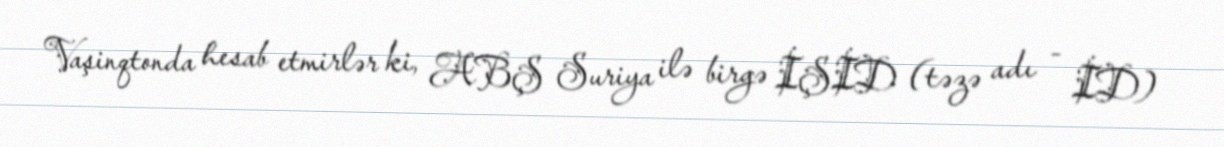
Vaşinqtonda hesab etmirlər ki, ABŞ Suriya ilə birgə İŞİD (təzə adı - İD)